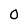
Character: o